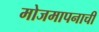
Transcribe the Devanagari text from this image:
मोजमापनाची